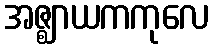
အဇ္ဈာယကကုလေ